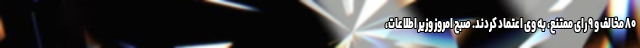
۸۰ مخالف و ۹ رای ممتنع، به وی اعتماد کردند. صبح امروز وزیر اطلاعات،